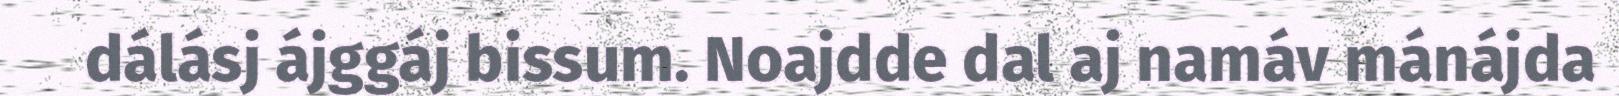
dálásj ájggáj bissum. Noajdde dal aj namáv mánájda